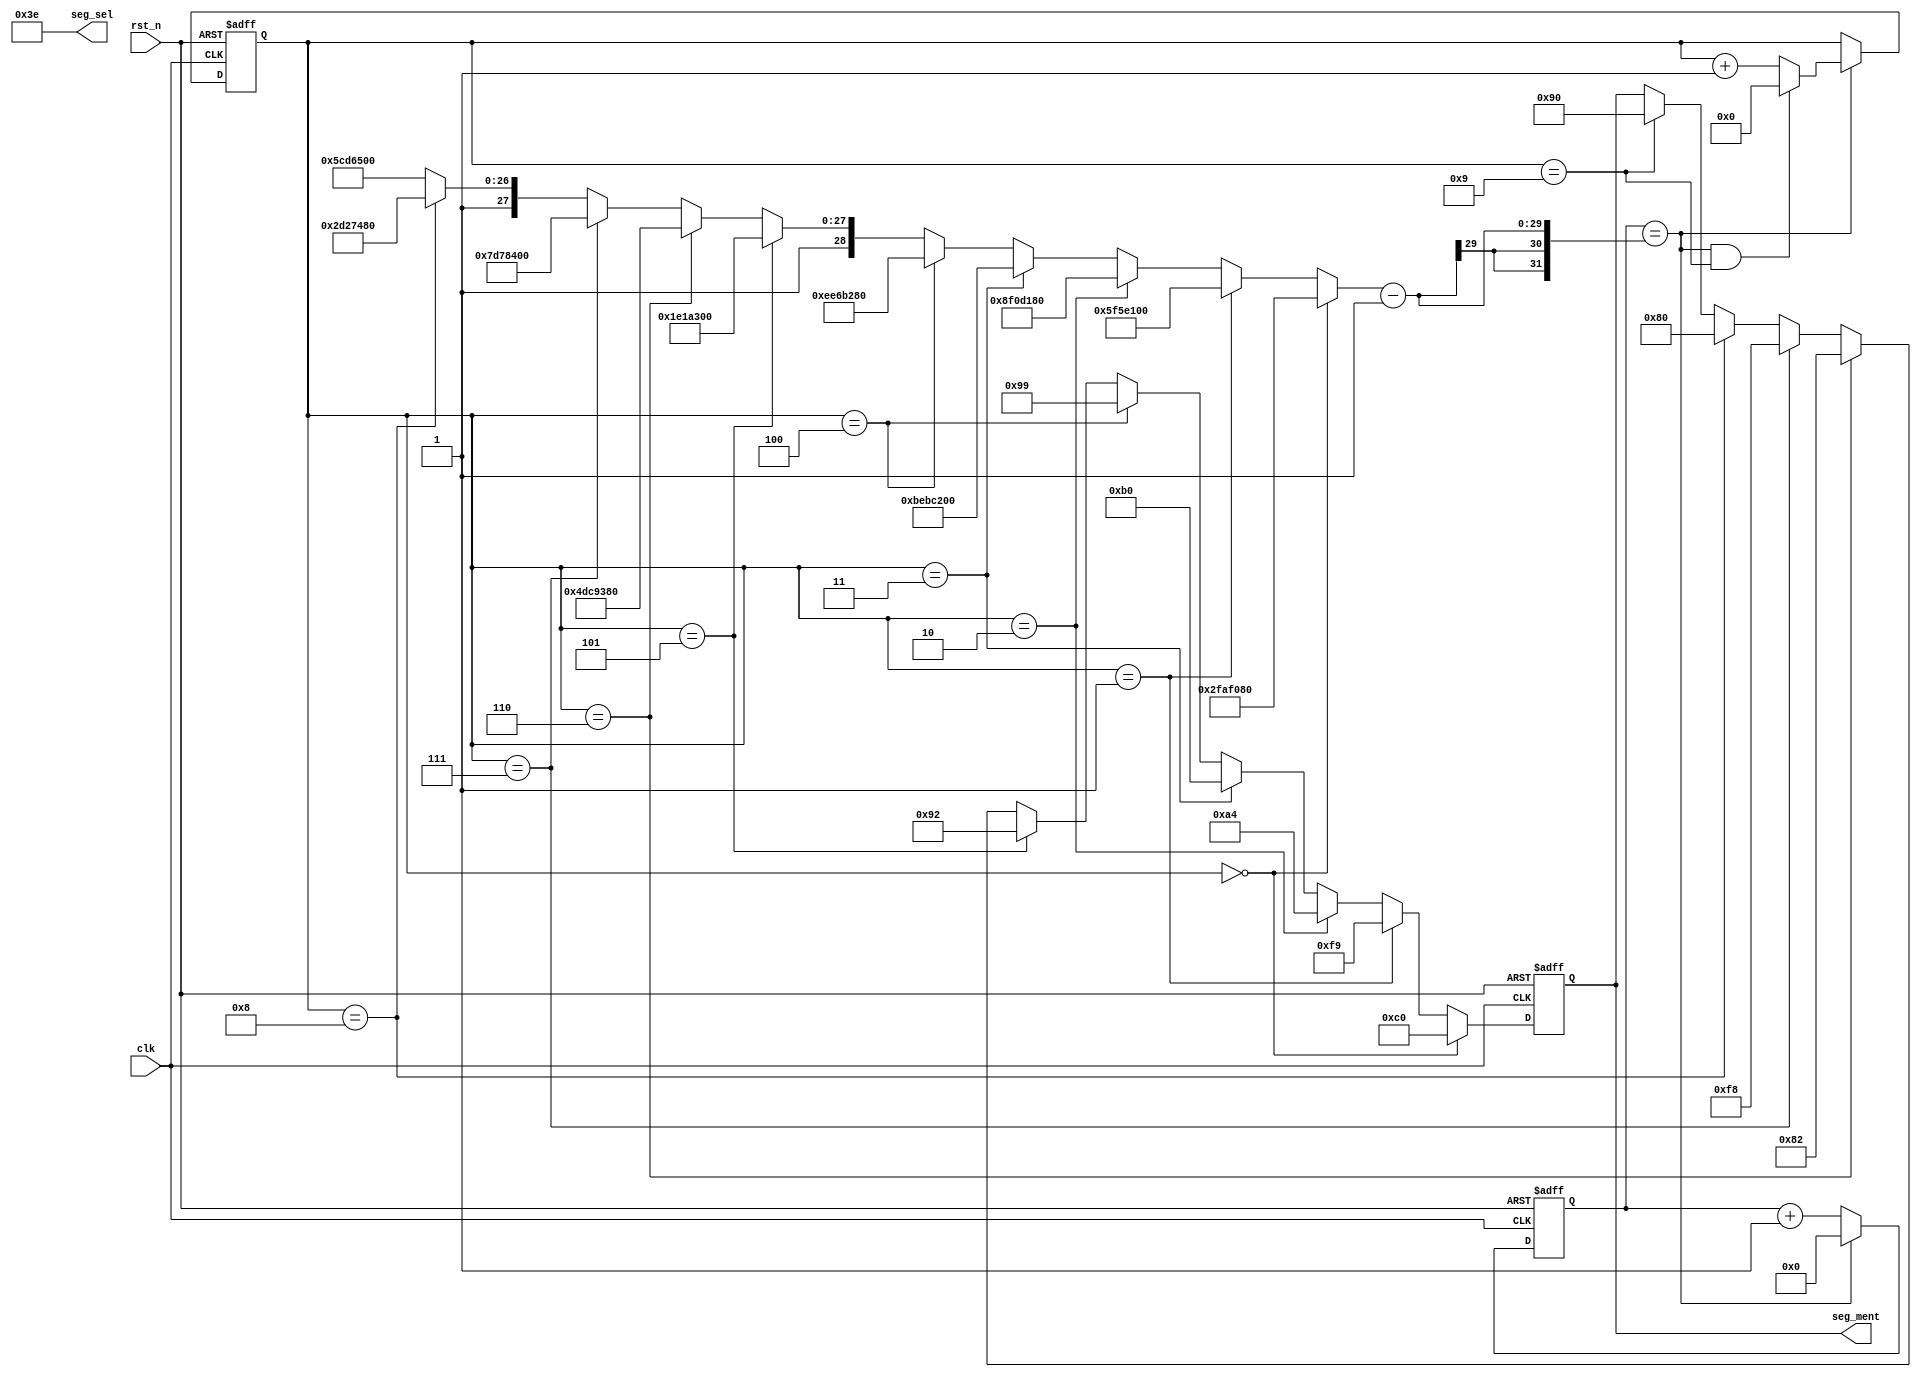
module my_time(
     clk       ,
     rst_n     ,
     seg_sel   ,
     seg_ment    
);
input       clk       ;
input       rst_n     ;
output[5:0] seg_sel   ;
output[7:0] seg_ment  ;


reg [28:0]    cnt0     ;
wire          add_cnt0 ;
wire          end_cnt0 ;
reg [ 3:0]    cnt1     ;
wire          add_cnt1 ;
wire          end_cnt1 ;

wire [ 5:0]   seg_sel  ;
reg  [ 7:0]   seg_ment ;
reg  [28:0]   x        ;

always @(posedge clk or negedge rst_n)begin
    if(!rst_n)begin
        cnt0 <= 0;
    end
    else if(add_cnt0)begin
        if(end_cnt0)
            cnt0 <= 0;
        else
            cnt0 <= cnt0 + 1;
    end
end

assign add_cnt0 = 1;
assign end_cnt0 = add_cnt0 && cnt0==x-1 ;

always @(posedge clk or negedge rst_n)begin 
    if(!rst_n)begin
        cnt1 <= 0;
    end
    else if(add_cnt1)begin
        if(end_cnt1)
            cnt1 <= 0;
        else
            cnt1 <= cnt1 + 1;
    end
end

assign add_cnt1 = end_cnt0;
assign end_cnt1 = add_cnt1 && cnt1==10-1 ;


assign seg_sel = 6'h3e;

always @(posedge clk or negedge rst_n)
begin
    if(rst_n==1'b0)begin
        seg_ment <= 8'hc0;
    end
    else if(cnt1==0)begin
        seg_ment <= 8'hc0 ;
    end
    else if(cnt1==1)begin
        seg_ment <= 8'hf9 ;
    end
    else if(cnt1==2)begin
        seg_ment <= 8'ha4 ;
    end
    else if(cnt1==3)begin
        seg_ment <= 8'hb0;
    end
    else if(cnt1==4)begin
        seg_ment <= 8'h99;
    end
    else if(cnt1==5)begin
        seg_ment <= 8'h92 ;
    end
    else if(cnt1==6)begin
        seg_ment <= 8'h82 ;
    end
    else if(cnt1==7)begin
        seg_ment <= 8'hf8  ;
    end
    else if(cnt1==8)begin
        seg_ment <=8'h80 ;
    end
    else if(cnt1==9)begin
        seg_ment <=8'h90 ;
    end
end

always  @(*)begin
    if(cnt1==0)
        x = 50_000_000;
    else if(cnt1==1)
        x = 100_000_000;
    else if(cnt1==2)
        x = 150_000_000;
    else if(cnt1==3)
        x = 200_000_000;
    else if(cnt1==4)
        x = 250_000_000;
    else if(cnt1==5)
        x = 300_000_000;
    else if(cnt1==6)
        x = 350_000_000;
    else if(cnt1==7)
        x = 400_000_000;
    else if(cnt1==8)
        x = 450_000_000;
    else  
        x = 500_000_000;
end


endmodule